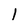
Character: 1